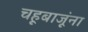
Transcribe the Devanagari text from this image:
चहूबाजूंना